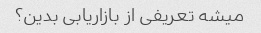
میشه تعریفی از بازاریابی بدین؟